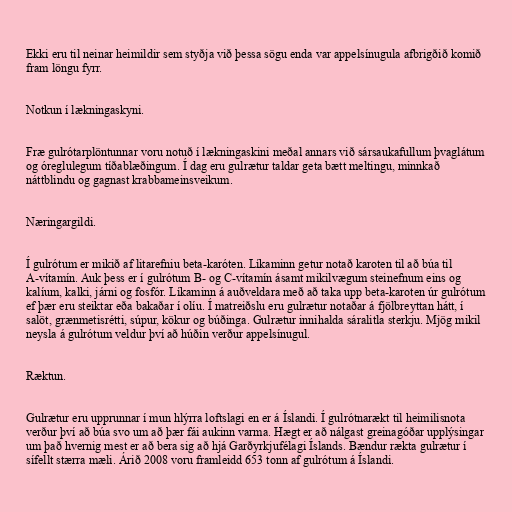
Ekki eru til neinar heimildir sem styðja við þessa sögu enda var appelsínugula afbrigðið komið
fram löngu fyrr.

Notkun í lækningaskyni.

Fræ gulrótarplöntunnar voru notuð í lækningaskini meðal annars við sársaukafullum þvaglátum
og óreglulegum tíðablæðingum. Í dag eru gulrætur taldar geta bætt meltingu, minnkað
náttblindu og gagnast krabbameinsveikum.

Næringargildi.

Í gulrótum er mikið af litarefniu beta-karóten. Líkaminn getur notað karoten til að búa til
A-vítamín. Auk þess er í gulrótum B- og C-vítamín ásamt mikilvægum steinefnum eins og
kalíum, kalki, járni og fosfór. Líkaminn á auðveldara með að taka upp beta-karoten úr gulrótum
ef þær eru steiktar eða bakaðar í olíu. Í matreiðslu eru gulrætur notaðar á fjölbreyttan hátt, í
salöt, grænmetisrétti, súpur, kökur og búðinga. Gulrætur innihalda sáralitla sterkju. Mjög mikil
neysla á gulrótum veldur því að húðin verður appelsínugul.

Ræktun.

Gulrætur eru upprunnar í mun hlýrra loftslagi en er á Íslandi. Í gulrótnarækt til heimilisnota
verður því að búa svo um að þær fái aukinn varma. Hægt er að nálgast greinagóðar upplýsingar
um það hvernig mest er að bera sig að hjá Garðyrkjufélagi Íslands. Bændur rækta gulrætur í
sífellt stærra mæli. Árið 2008 voru framleidd 653 tonn af gulrótum á Íslandi.